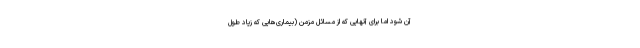
آن شود اما برای آنهایی که از مسائل مزمن (بیماری‌هایی که زیاد طول